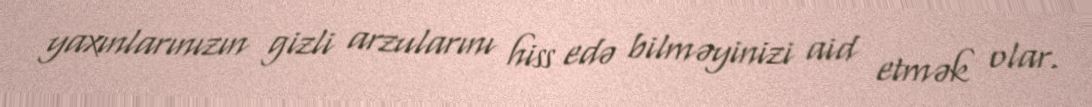
yaxınlarınızın gizli arzularını hiss edə bilməyinizi aid etmək olar.